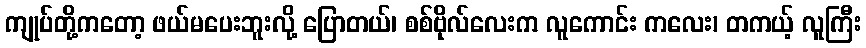
ကျုပ်တို့ကတော့ ဖယ်မပေးဘူးလို့ ပြောတယ်၊ စစ်ဗိုလ်လေးက လူကောင်း ကလေး၊ တကယ့် လူကြီး